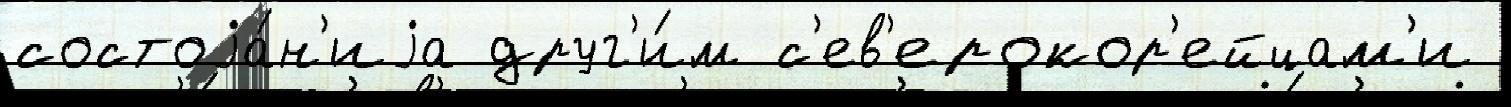
состоjа́н'иjа друг'и́м с'ев'ерокор'ейцам'и